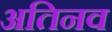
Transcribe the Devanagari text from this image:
अतिनव